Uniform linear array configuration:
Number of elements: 8
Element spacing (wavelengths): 1
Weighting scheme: hamming
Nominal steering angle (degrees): -30
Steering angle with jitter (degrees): -29.732
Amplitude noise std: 0.05
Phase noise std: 0.05

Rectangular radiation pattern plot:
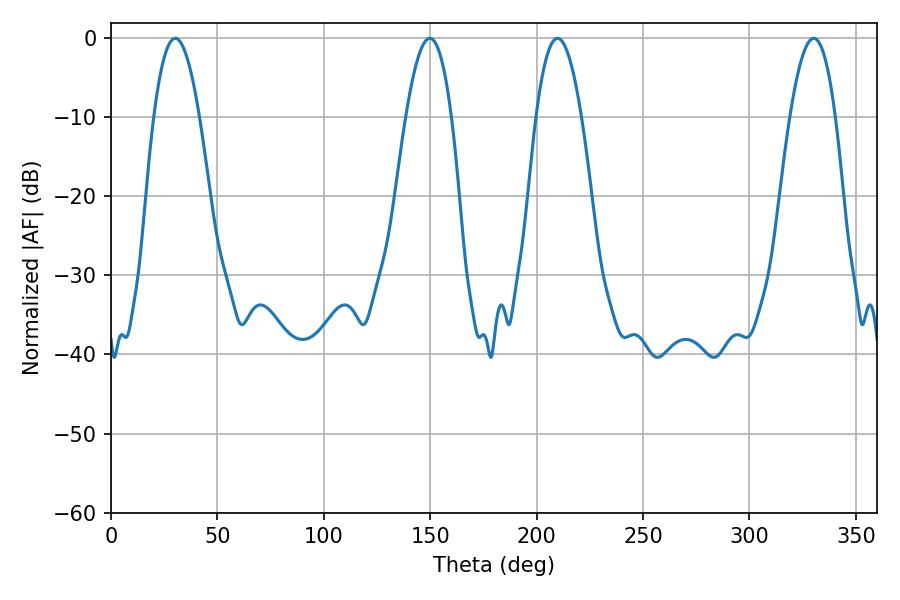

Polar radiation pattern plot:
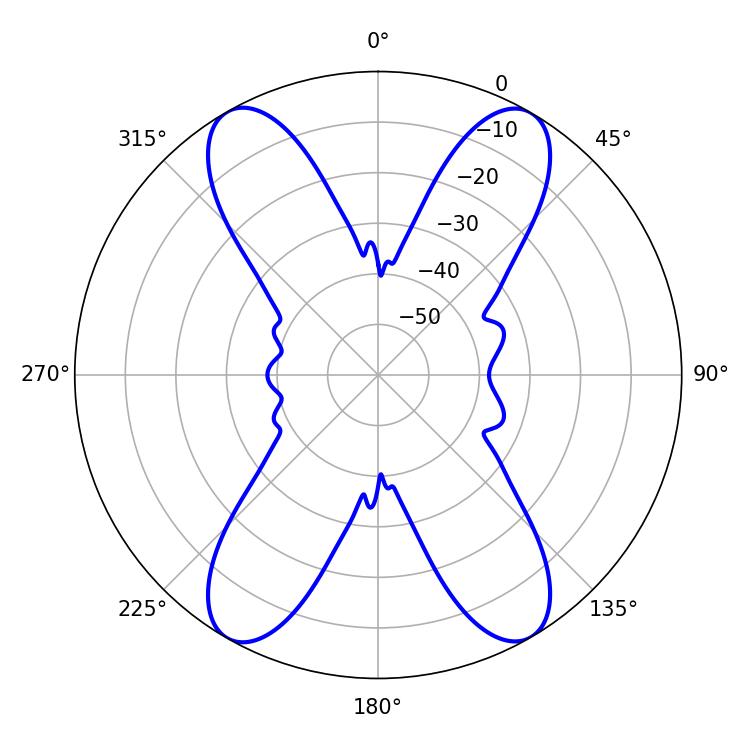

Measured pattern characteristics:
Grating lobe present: TRUE
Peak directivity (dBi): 26.89
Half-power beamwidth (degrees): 11.7
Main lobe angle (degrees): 30.24